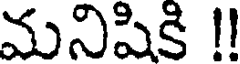
మనిషికి !!